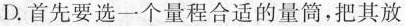
D.首先要选一个量程合适的量筒，把其放